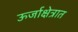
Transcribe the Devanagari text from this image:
ऊर्जाक्षेत्रात